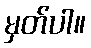
မှတ်ပါ။